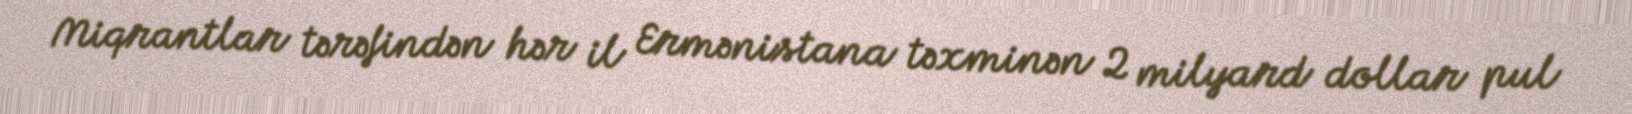
Miqrantlar tərəfindən hər il Ermənistana təxminən 2 milyard dollar pul